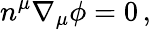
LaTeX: n^{\mu}\nabla_{\mu}\phi=0\, ,